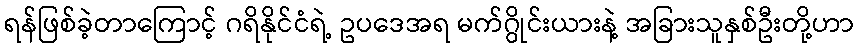
ရန်ဖြစ်ခဲ့တာကြောင့် ဂရိနိုင်ငံရဲ့ ဥပဒေအရ မက်ဂွိုင်းယားနဲ့ အခြားသူနှစ်ဦးတို့ဟာ